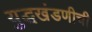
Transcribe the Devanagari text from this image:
युद्धखंडणीची